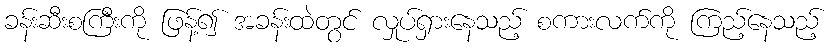
ခန်းဆီးစကြီးကို ဖြန့်၍ အခန်းထဲတွင် လှုပ်ရှားနေသည့် စကားလက်ကို ကြည့်နေသည့်